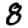
Digit: 8